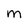
Character: M